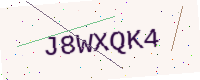
Text: J8WXQK4